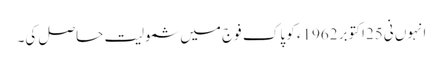
انہوں نی25اکتوبر 1962ء کو پاک فوج میں شمولیت حاصل کی۔